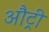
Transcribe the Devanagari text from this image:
औट्री